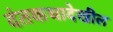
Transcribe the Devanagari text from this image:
दंतकथादेखील